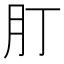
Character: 𦘭